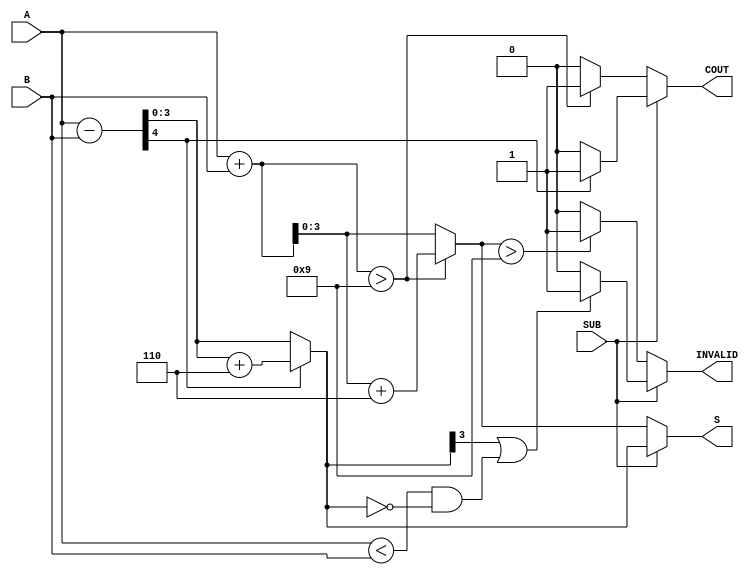
module BCD_Add_Subtracter (
    input  [3:0] A,        // First BCD digit
    input  [3:0] B,        // Second BCD digit
    input        SUB,      // Control signal (1 for subtraction, 0 for addition)
    output reg [3:0] S,    // Resulting BCD digit
    output reg COUT,       // Carry-out flag
    output reg INVALID      // Invalid BCD flag
);

    wire [4:0] sum;        // 5-bit sum for addition
    wire [4:0] diff;       // 5-bit difference for subtraction
    reg [3:0] corrected_sum;
    reg [3:0] corrected_diff;

    // Perform addition
    assign sum = A + B;
    
    // Perform subtraction
    assign diff = A - B;
    
    always @(*) begin
        COUT = 0;          // Default COUT
        INVALID = 0;      // Default INVALID
        
        if (SUB == 0) begin // Addition
            if (sum > 9) begin
                corrected_sum = sum + 4'b0110; // Add 6 for BCD correction
                COUT = 1; // Carry out occurs
            end else begin
                corrected_sum = sum[3:0]; // No correction needed
            end
            
            S = corrected_sum;
            
            // Check for validity
            if (S > 9) begin
                INVALID = 1; // Result is invalid BCD
            end
            
        end else begin // Subtraction
            if (diff[4] == 1) begin // Check if result is negative
                corrected_diff = diff + 4'b0110; // Add 6 for BCD correction
                COUT = 1; // Borrow occurred
            end else begin
                corrected_diff = diff[3:0]; // No correction needed
            end
            
            S = corrected_diff;
            
            // Check for validity
            if (S[3] == 1 || (A < B && S == 0)) begin
                INVALID = 1; // Result is invalid BCD
            end
            
        end
    end

endmodule